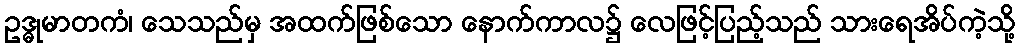
ဥဒ္ဓုမာတကံ၊ သေသည်မှ အထက်ဖြစ်သော နောက်ကာလ၌ လေဖြင့်ပြည့်သည် သားရေအိပ်ကဲ့သို့